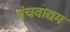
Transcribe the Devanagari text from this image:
पंचवाद्यम